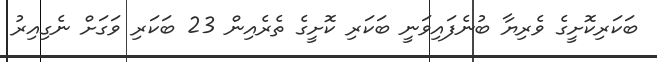
ބަކަރިކޮށީގެ ވެރިޔާ ބުނެފައިވަނީ ބަކަރި ކޮށީގެ ތެރެއިން 23 ބަކަރި ވަގަށް ނެގިއިރު